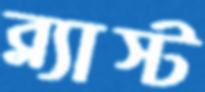
ব্ল্যাস্ট